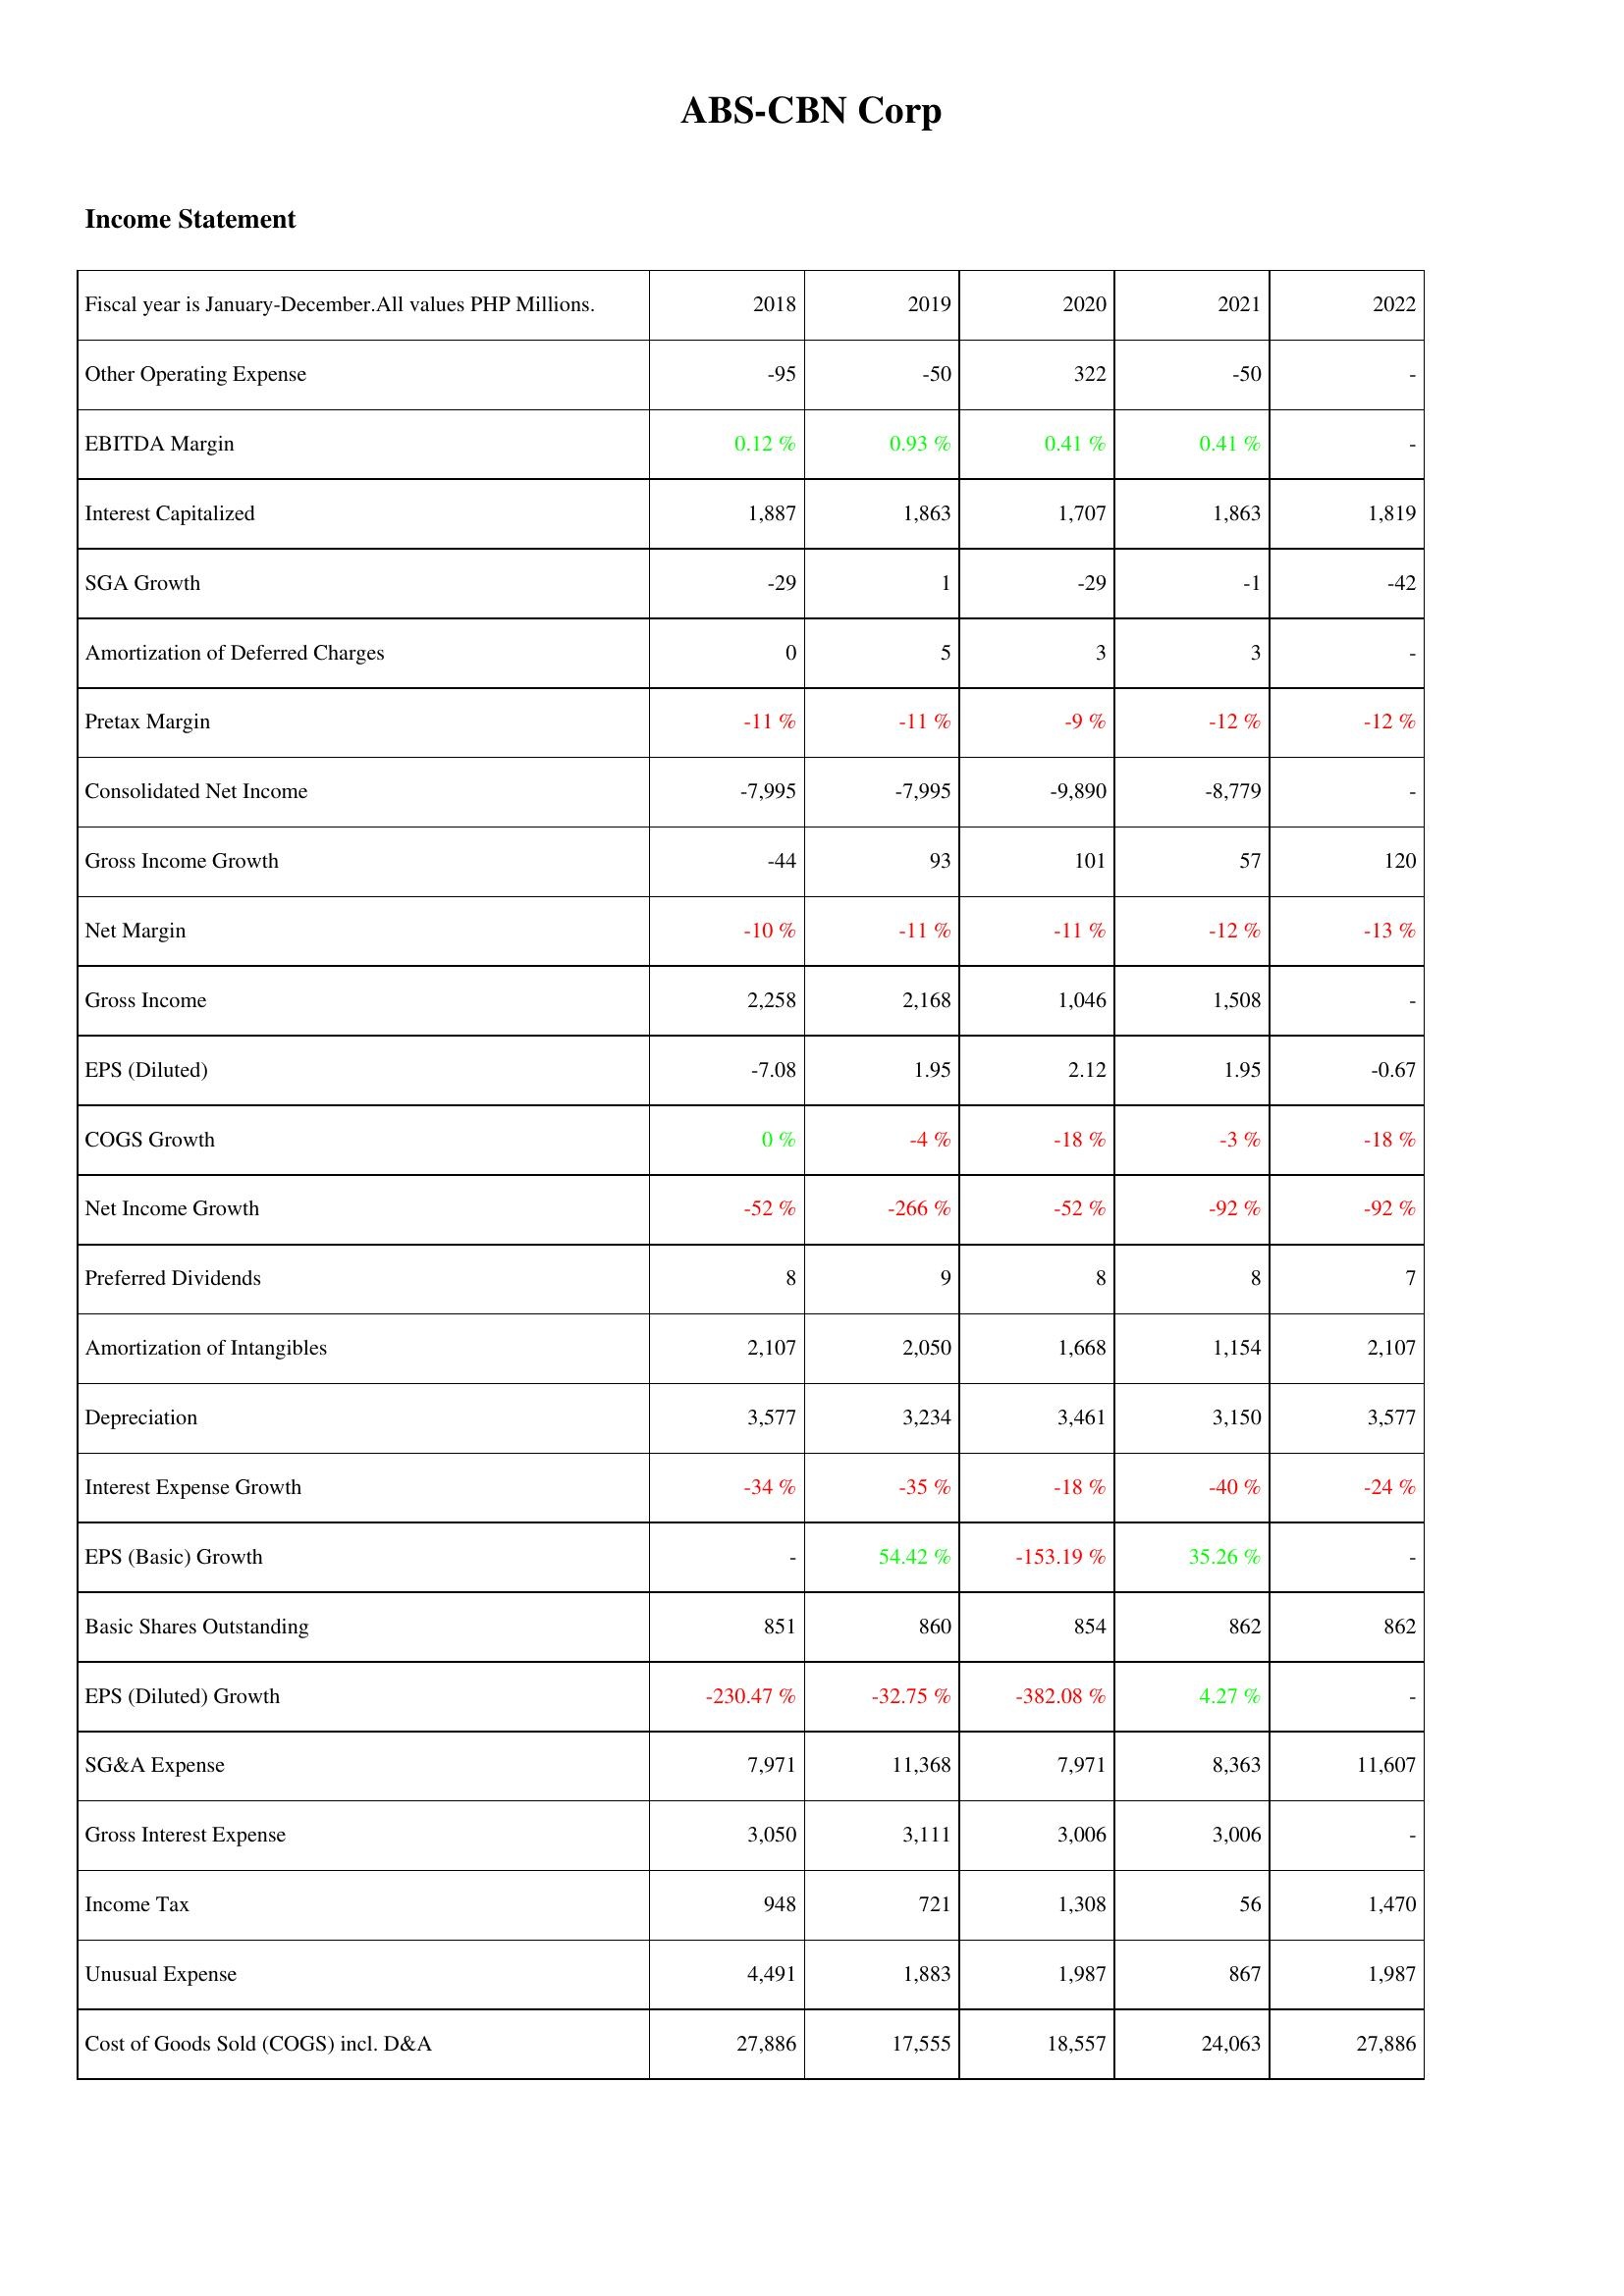
2018: Income Statement: Other Operating Expense: -95
EBITDA Margin: 0.12 %
Interest Capitalized: 1,887
SGA Growth: -29
Amortization of Deferred Charges: 0
Pretax Margin: -11 %
Consolidated Net Income: -7,995
Gross Income Growth: -44
Net Margin: -10 %
Gross Income: 2,258
EPS (Diluted): -7.08
COGS Growth: 0 %
Net Income Growth: -52 %
Preferred Dividends: 8
Amortization of Intangibles: 2,107
Depreciation: 3,577
Interest Expense Growth: -34 %
EPS (Basic) Growth: -
Basic Shares Outstanding: 851
EPS (Diluted) Growth: -230.47 %
SG&A Expense: 7,971
Gross Interest Expense: 3,050
Income Tax: 948
Unusual Expense: 4,491
Cost of Goods Sold (COGS) incl. D&A: 27,886
2019: Income Statement: Other Operating Expense: -50
EBITDA Margin: 0.93 %
Interest Capitalized: 1,863
SGA Growth: 1
Amortization of Deferred Charges: 5
Pretax Margin: -11 %
Consolidated Net Income: -7,995
Gross Income Growth: 93
Net Margin: -11 %
Gross Income: 2,168
EPS (Diluted): 1.95
COGS Growth: -4 %
Net Income Growth: -266 %
Preferred Dividends: 9
Amortization of Intangibles: 2,050
Depreciation: 3,234
Interest Expense Growth: -35 %
EPS (Basic) Growth: 54.42 %
Basic Shares Outstanding: 860
EPS (Diluted) Growth: -32.75 %
SG&A Expense: 11,368
Gross Interest Expense: 3,111
Income Tax: 721
Unusual Expense: 1,883
Cost of Goods Sold (COGS) incl. D&A: 17,555
2020: Income Statement: Other Operating Expense: 322
EBITDA Margin: 0.41 %
Interest Capitalized: 1,707
SGA Growth: -29
Amortization of Deferred Charges: 3
Pretax Margin: -9 %
Consolidated Net Income: -9,890
Gross Income Growth: 101
Net Margin: -11 %
Gross Income: 1,046
EPS (Diluted): 2.12
COGS Growth: -18 %
Net Income Growth: -52 %
Preferred Dividends: 8
Amortization of Intangibles: 1,668
Depreciation: 3,461
Interest Expense Growth: -18 %
EPS (Basic) Growth: -153.19 %
Basic Shares Outstanding: 854
EPS (Diluted) Growth: -382.08 %
SG&A Expense: 7,971
Gross Interest Expense: 3,006
Income Tax: 1,308
Unusual Expense: 1,987
Cost of Goods Sold (COGS) incl. D&A: 18,557
2021: Income Statement: Other Operating Expense: -50
EBITDA Margin: 0.41 %
Interest Capitalized: 1,863
SGA Growth: -1
Amortization of Deferred Charges: 3
Pretax Margin: -12 %
Consolidated Net Income: -8,779
Gross Income Growth: 57
Net Margin: -12 %
Gross Income: 1,508
EPS (Diluted): 1.95
COGS Growth: -3 %
Net Income Growth: -92 %
Preferred Dividends: 8
Amortization of Intangibles: 1,154
Depreciation: 3,150
Interest Expense Growth: -40 %
EPS (Basic) Growth: 35.26 %
Basic Shares Outstanding: 862
EPS (Diluted) Growth: 4.27 %
SG&A Expense: 8,363
Gross Interest Expense: 3,006
Income Tax: 56
Unusual Expense: 867
Cost of Goods Sold (COGS) incl. D&A: 24,063
2022: Income Statement: Other Operating Expense: -
EBITDA Margin: -
Interest Capitalized: 1,819
SGA Growth: -42
Amortization of Deferred Charges: -
Pretax Margin: -12 %
Consolidated Net Income: -
Gross Income Growth: 120
Net Margin: -13 %
Gross Income: -
EPS (Diluted): -0.67
COGS Growth: -18 %
Net Income Growth: -92 %
Preferred Dividends: 7
Amortization of Intangibles: 2,107
Depreciation: 3,577
Interest Expense Growth: -24 %
EPS (Basic) Growth: -
Basic Shares Outstanding: 862
EPS (Diluted) Growth: -
SG&A Expense: 11,607
Gross Interest Expense: -
Income Tax: 1,470
Unusual Expense: 1,987
Cost of Goods Sold (COGS) incl. D&A: 27,886